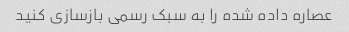
عصاره داده شده را به سبک رسمی بازسازی کنید